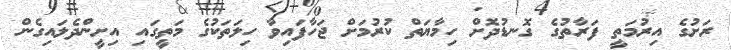
ރަށުގެ އިރުމަތީ ފަރާތުގެ ގޮނޑުދޮށް ހިމާޔަތް ކުރުމަށް ޖަހާފައިވާ ހިލަތަކުގެ މަތީގައި އިށީންދެލަައިގެން